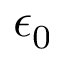
\epsilon _ { 0 }